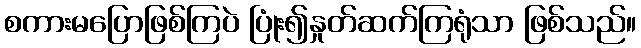
စကားမပြောဖြစ်ကြပဲ ပြုံး၍နှုတ်ဆက်ကြရုံသာ ဖြစ်သည်။